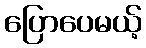
ပြောပေမယ့်